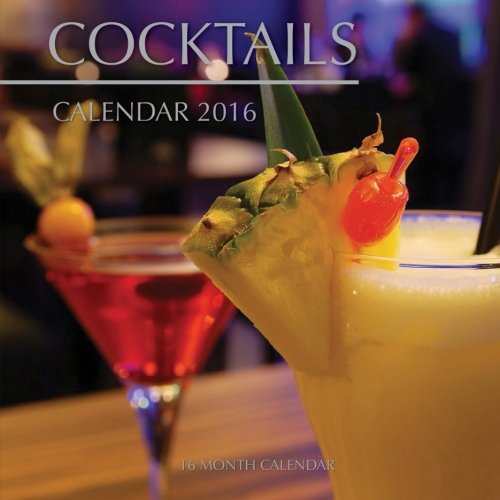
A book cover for Cocktails Calendar 2016: 16 Month Calendar; Jack Smith; Calendars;